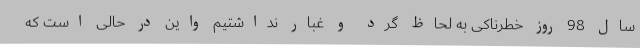
سال 98 روز خطرناکی به لحاظ گرد و غبار نداشتیم واین در حالی است که